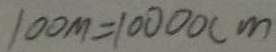
1 0 0 m = 1 0 0 0 0 c m